Cholera in southern India
Disease focus: Cholera
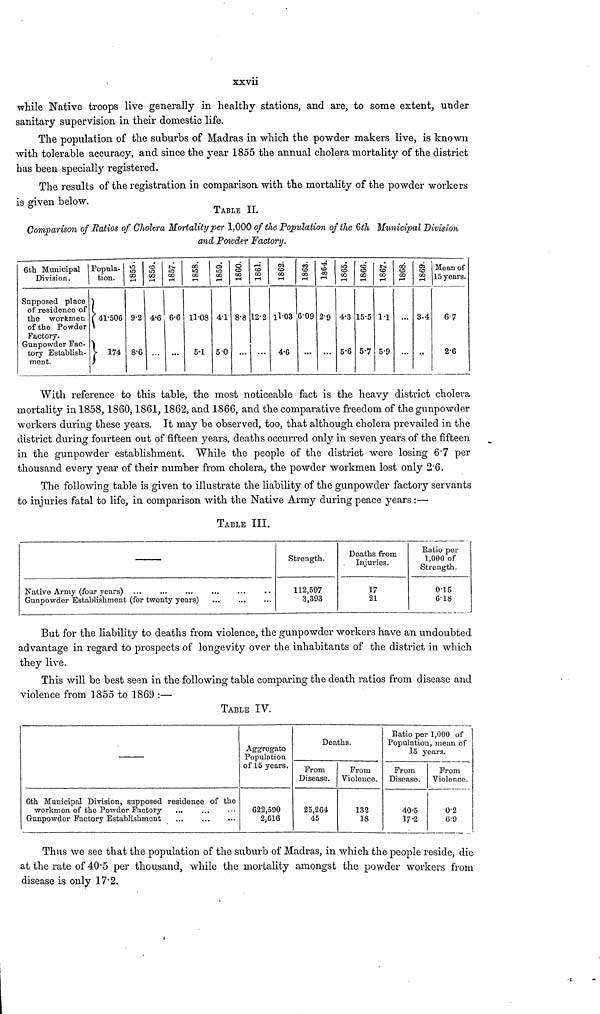
xxvii
while Native troops live generally in healthy stations, and are, to some extent, under
sanitary supervision in their domestic life.
The population of the suburbs of Madras in which the powder makers live, is known
with tolerable accuracy, and since the year 1855 the annual cholera mortality of the district
has been specially registered.
The results of the registration in comparison with the mortality of the powder workers
is given below.
TABLE II.
Comparison of Batios of Cholera Mortality per 1,000 of the Population of the 6th Municipal Division
and Powder Factory.
6th Municipal
Division.
Supposed place
of residence of
the workmen
of the Powder
Factory.
Gunpowder Fac-
tory Establish-
ment.
Popula-
tion.
41506
174
1855
92
8·6
1856
4·6
1857
6·6
...
1858.
11·08
5·1
1859
4·1
5 0
1860
8·8
CD
00
12·2
...
1862
11·03
4·6
1863
609
...
1864
2·9
...
1865.
4·3
5·6
1866
15·5
5·7
1867
1·1
5·9
1868
OS
CO
3·4
»
Moan of
15 years.
6·7
2·6
With reference to this table, the most noticeable fact is the heavy district cholera
mortality in 1858, 1860, 1861, 1862, and 1866, and the comparative freedom of the gunpowder
workers during these years. It may be observed, too, that although cholera prevailed in the
district during fourteen out of fifteen years, deaths occurred only in seven years of the fifteen
in the gunpowder establishment. While the people of the district were losing 6·7 per
thousand every year of their number from cholera, the powder workmen lost only 2·6.
The following table is given to illustrate the liability of the gunpowder factory servants
to injuries fatal to life, in comparison with the Native Army during peace years :—
TABLE III.
Native Army (four years)
Gunpowder Establishment (for twenty years)
Strength.
112,597
3,393
Deaths from
Injuries.
17
21
Ratio per
1,000 of
Strength.
0·15
6·18
But for the liability to deaths from violence, the gunpowder workers have an undoubted
advantage in regard to prospects of longevity over the inhabitants of the district in which
they live.
This will be best seen in the following table comparing the death ratios from disease and
violence from 1855 to 1869 :—
TABLE IV.
6th Municipal Division, supposed residence of the
workmen of the Powder Factory
...
Gunpowder Factory Establishment
Aggregate
Population
of 15 years.
622,590
2,616
Deaths.
From
Disease.
25,264
45
From
Violence.
132
18
Ratio per 1,000 of
Population, mean of
15 years.
From
Disease.
40·5
17·2
From
Violence.
0·2
6·9
Thus we see that the population of the suburb of Madras, in which the people reside, die
at the rate of 40·5 per thousand, while the mortality amongst the powder workers from
disease is only 17·2.